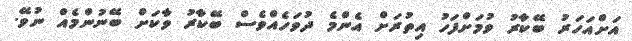
އަށްއަހަރު ބޭކާރު ވުމަށްފަހު އިތުރަށް އެންމެ ދުވަހެއްވެސް ބޭކާރު ވާކަށް ބޭނުންމެއް ނުވޭ.